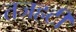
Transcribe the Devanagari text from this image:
तजहटी